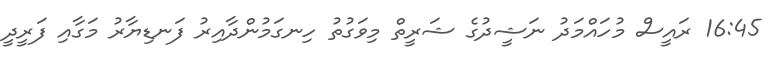
16:45 ރައީސް މުހައްމަދު ނަޝީދުގެ ޝަރީތް މިވަގުތު ހިނގަމުންދާއިރު ފަނޑިޔާރު މަގާއި ފަރީދީ